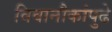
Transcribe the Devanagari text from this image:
विवानौकांपुढे